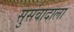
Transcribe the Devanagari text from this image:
सुसंवादाला